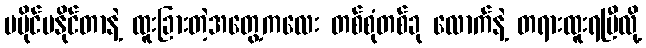
မပိုင်မနိုင်တာနဲ့ ထူးခြားတဲ့အတွေ့ကလေး တစ်စုံတစ်ခု လောက်နဲ့ တရားထူးရပြီလို့